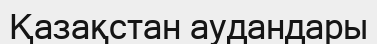
Қазақстан аудандары